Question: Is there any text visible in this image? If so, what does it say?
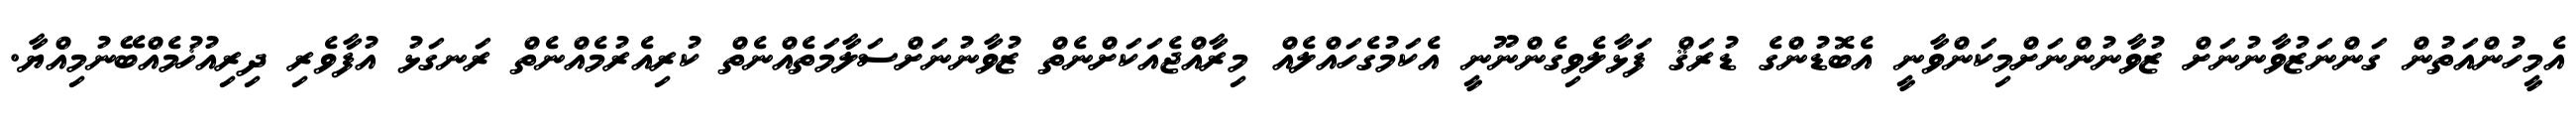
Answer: އެމީހުންއަތުން ގަންނަޒުވާނުނަށް ޒުވާނުންނަށްމިކަންވާނީ އެބޮޑުންގެ ޑުރަޤް ފަޅާލެވިގެންނޫނީ އެކަމުގެހައްލެއް މިރާއްޖެއަކަށްނެތް ޒުވާނުނަށްސަލާމަތެއްނެތް ކުރިއެރުމެއްނެތް ރަނގަޅު އުފާވެރި ދިރިއުޚުމެއްބޭނުމިއްޔާ.